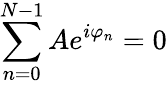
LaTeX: \sum_{n=0}^{N-1}Ae^{i\varphi_{n}}=0